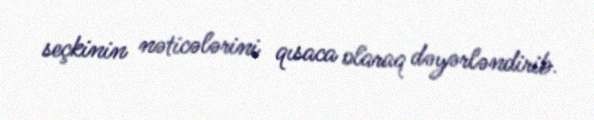
seçkinin nəticələrini qısaca olaraq dəyərləndirib.